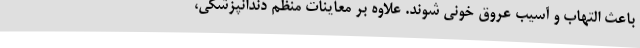
باعث التهاب و آسیب عروق خونی شوند. علاوه بر معاینات منظم دندانپزشکی،